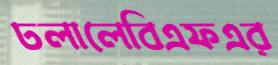
ঢলালেবিএফএর